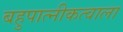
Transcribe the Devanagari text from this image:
बहुपात्नीकत्वाला